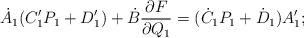
LaTeX: \begin{align*} \dot{A}_1(C_1'P_1 + D_1') + \dot{B}\frac{\partial F}{\partial Q_1} = (\dot{C}_1 P_1 +\dot{D}_1)A'_1;\end{align*}